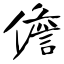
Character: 儋